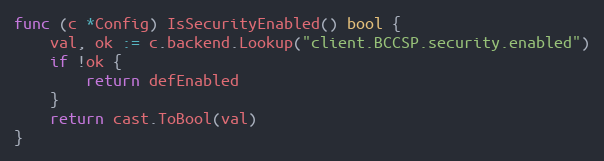
Language: Go
func (c *Config) IsSecurityEnabled() bool {
	val, ok := c.backend.Lookup("client.BCCSP.security.enabled")
	if !ok {
		return defEnabled
	}
	return cast.ToBool(val)
}